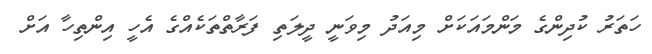
ހަތަރު ކުދިންގެ މަންމައަކަށް މިއަދު މިވަނީ ދީލަތި ފަރާތްތަކެއްގެ އެހީ އިންތިހާ އަށް